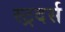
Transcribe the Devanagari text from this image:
स्ट्रदर्स